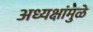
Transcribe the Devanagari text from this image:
अध्यक्षांमुळे